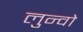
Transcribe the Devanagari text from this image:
लुन्वो